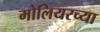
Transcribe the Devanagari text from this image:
मोलियरच्या